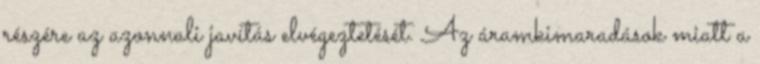
részére az azonnali javítás elvégeztetését. Az áramkimaradások miatt a